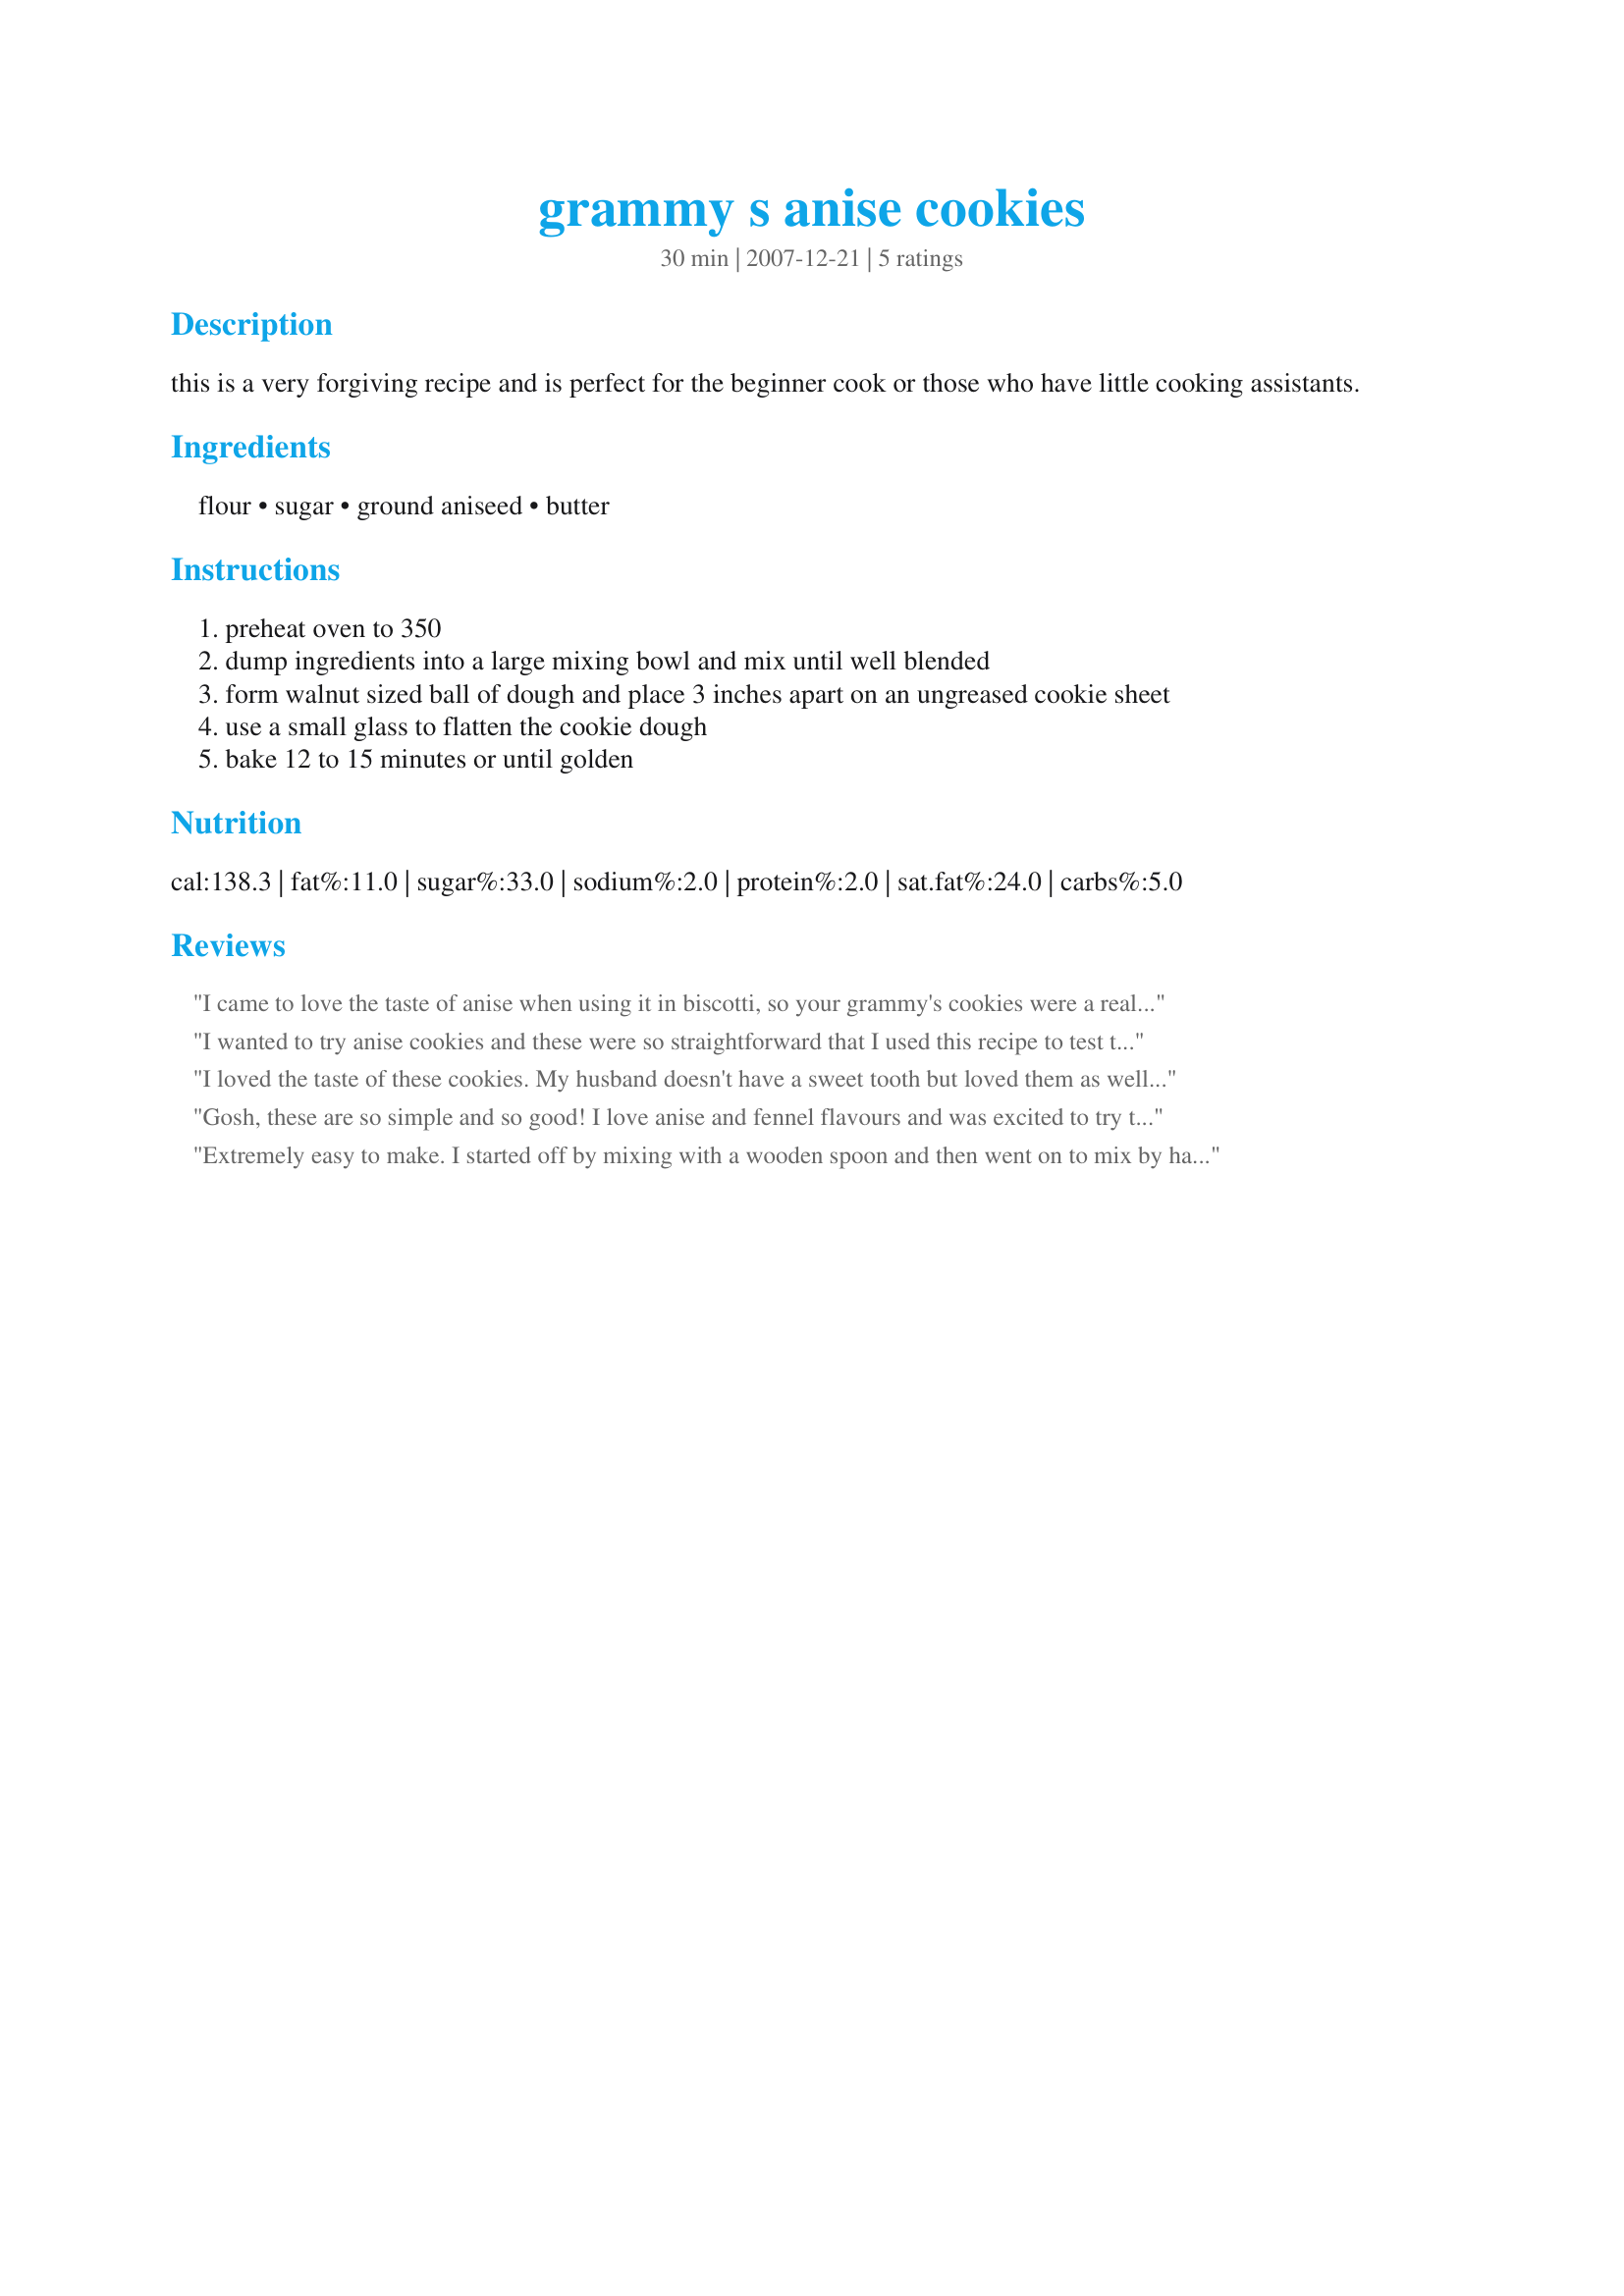
grammy s anise cookies
Preparation time: 30 minutes

this is a very forgiving recipe and is perfect for the beginner cook or those who have little cooking assistants.

Ingredients:
flour, sugar, ground aniseed, butter

Steps:
preheat oven to 350
dump ingredients into a large mixing bowl and mix until well blended
form walnut sized ball of dough and place 3 inches apart on an ungreased cookie sheet
use a small glass to flatten the cookie dough
bake 12 to 15 minutes or until golden

Reviews:
I came to love the taste of anise when using it in biscotti, so your grammy's cookies were a real treat! So easy to make, too! I'll certainly be making these tasties again! Thanks for sharing the recipe! [Made & reviewed in 1-2-3 Hits Tag]
I wanted to try anise cookies and these were so straightforward that I used this recipe to test them out. This is a great recipe, especially if you don't have much time or just want something fast and easy. Making these with kids would be a great learning experience (not to mention less mess than most recipes), but since I don't have any little ones at home anymore I had to do it alone. Although I like the recipe very much, I found that I am not a fan of anise. I don't know why I thought that I might be, since I hate licorice and the flavor is similar. I made these for a second time and, instead of anise, I used 1/2 tsp each of maple extract and vanilla extract and I subbed in brown sugar for the white. I also toasted about 1/4 cup of chopped walnuts and added them in and since I was low on butter in the house I used margarine because the other flavors were so strong that it didn't really matter much. This will actually become my play-around cookie while I try out different add-ins and flavorings.
I loved the taste of these cookies. My husband doesn't have a sweet tooth but loved them as well. The only complaint is that they are a little greasy from all the butter. The next time I try them, i'll try to make them low fat by reducing the butter and adding applesauce...it's worth a try!
Gosh, these are so simple and so good! I love anise and fennel flavours and was excited to try this recipe. I deviated only slightly from the instructions, although I kept strictly to the ingredients noted--- I creamed the butter and sugar first, then added the flour and anise. Just a cookie making habit, I think, but it is indeed a very forgiving recipe and would be wonderful if I had kids at home to teach cooking skills to. That said, I am passing it along to all my friends who do have little ones at home. I got just under two dozen, my "walnut size" is probably a smidge big, lol. I couldn't get a pic to turn out well at all, but they are wonderful to smell while baking. Thanks Nyteglori!
Extremely easy to make. I started off by mixing with a wooden spoon and then went on to mix by hand. The dough is easy to handle and indeed the recipe is forgiving. I got 35 cookies, not small, just normal size. The cookies are crunchy and they keep well. The taste of anise is very nice. Thanks for posting.
